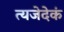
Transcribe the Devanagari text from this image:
त्यजेदेकं